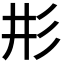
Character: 𢒈